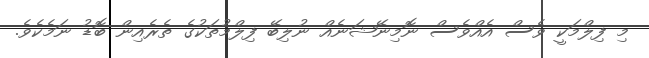
މި ފިލްމަކީ ވެސް އެއްވެސް ނޮމިނޭޝަނެއް ނުލިބޭ ފިލްމުތަކުގެ ތެރެއިން ބޮޑު ނަމެކެވެ.